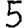
Digit: 5